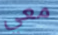
معي